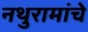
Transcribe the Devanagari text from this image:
नथुरामांचे